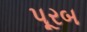
પૂરબ